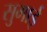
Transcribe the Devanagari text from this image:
सुमाई